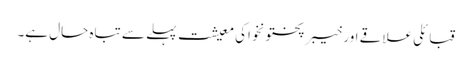
قبائلی علاقے اور خیبر پختونخواکی معیشت پہلے سے تباہ حال ہے۔